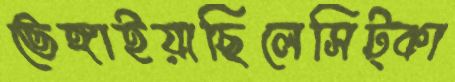
ভেঙ্গাইয়াছিলেসিট্‌কা